Annual vaccination report of Bihar and Orissa - 1911-1928
Year: 1911
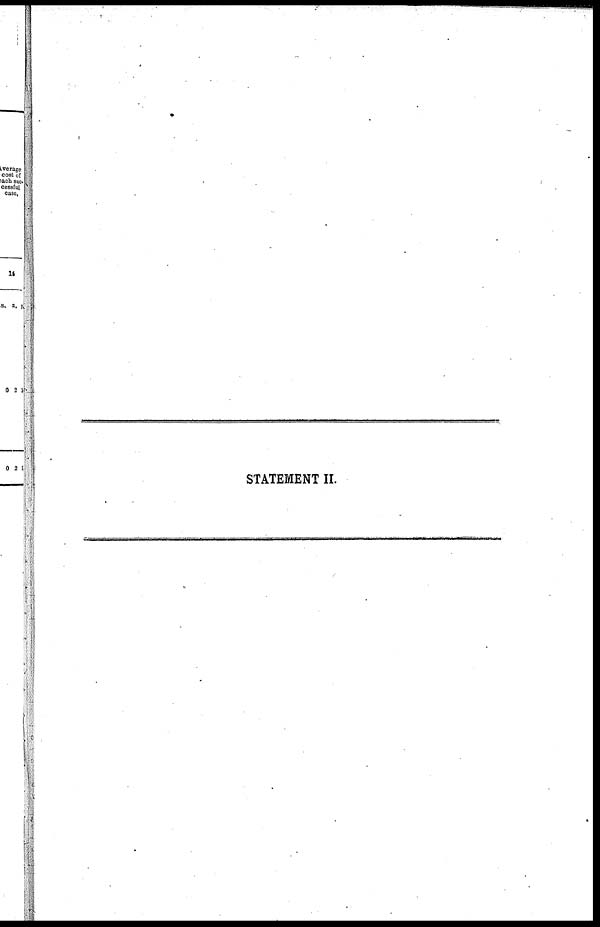
STATEMENT II.